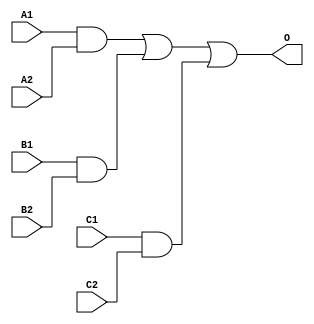
module JDB222B(A1, A2, B1, B2, C1, C2, O);
input   A1;
input   A2;
input   B1;
input   B2;
input   C1;
input   C2;
output  O;
and g0(w0, A1, A2);
and g1(w3, B1, B2);
and g2(w6, C1, C2);
or g3(O, w0, w3, w6);
endmodule